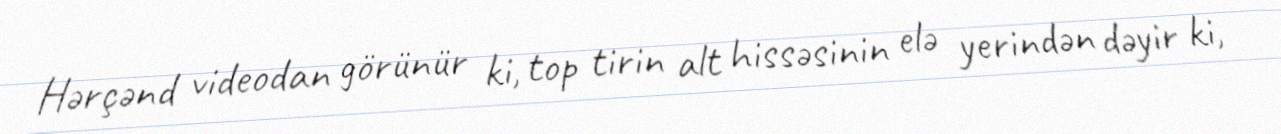
Hərçənd videodan görünür ki, top tirin alt hissəsinin elə yerindən dəyir ki,